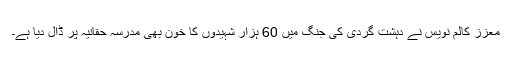
معزز کالم نویس نے دہشت گردی کی جنگ میں 60 ہزار شہیدوں کا خون بھی مدرسہ حقانیہ پر ڈال دیا ہے۔